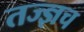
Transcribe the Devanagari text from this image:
तज्ज्ञच